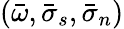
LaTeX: (\bar{\omega},\bar{\sigma}_{s},\bar{\sigma}_{n})